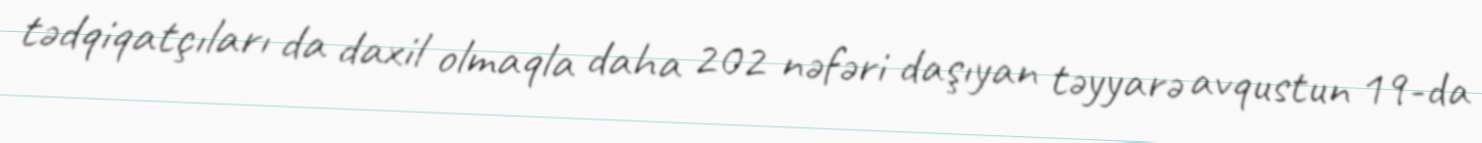
tədqiqatçıları da daxil olmaqla daha 202 nəfəri daşıyan təyyarə avqustun 19-da